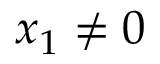
x _ { 1 } \neq 0